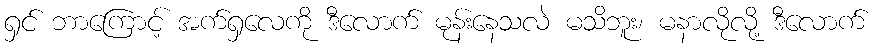
ရှင် ဘာကြောင့် အက်ရှလေကို ဒီလောက် မုန်းနေသလဲ မသိဘူး၊ မနာလိုလို့ ဒီလောက်